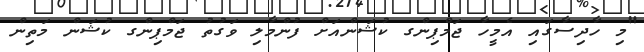
"މި ހާދިސާގައި އެމީހާ ޖަމްޕިންގ ކުޝަންއަށް ފުންމާލި ވަގުތު ޖަމްޕިންގ ކުޝަން މަތިން